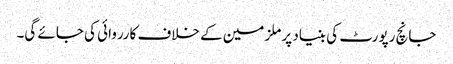
جانچ رپورٹ کی بنیاد پر ملزمین کے خلاف کارروائی کی جائے گی۔